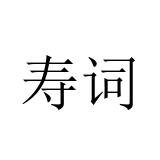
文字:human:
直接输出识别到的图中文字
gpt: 寿词